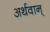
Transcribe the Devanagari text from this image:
अर्थवान्‌